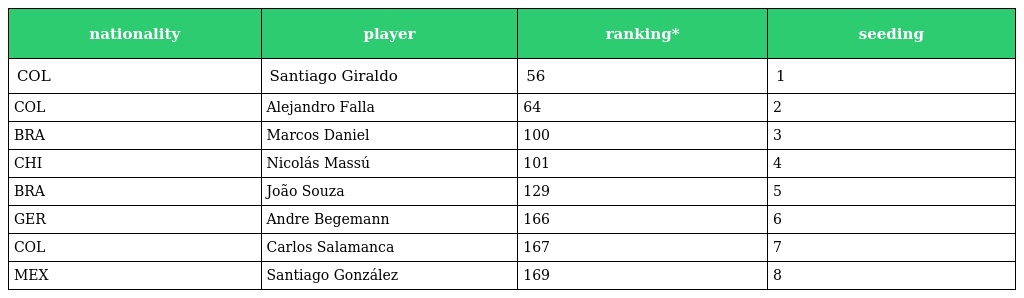
| nationality | player | ranking* | seeding |
 | --- | --- | --- | --- |
 | COL | Santiago Giraldo | 56 | 1 |
 | COL | Alejandro Falla | 64 | 2 |
 | BRA | Marcos Daniel | 100 | 3 |
 | CHI | Nicolás Massú | 101 | 4 |
 | BRA | João Souza | 129 | 5 |
 | GER | Andre Begemann | 166 | 6 |
 | COL | Carlos Salamanca | 167 | 7 |
 | MEX | Santiago González | 169 | 8 |